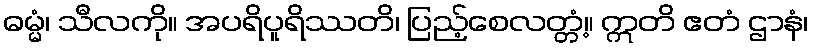
ဓမ္မံ၊ သီလကို။ အပရိပူရိဿတိ၊ ပြည့်စေလတ္တံ့။ ဣတိ ဧတံ ဌာနံ၊